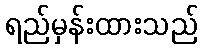
ရည်မှန်းထားသည်